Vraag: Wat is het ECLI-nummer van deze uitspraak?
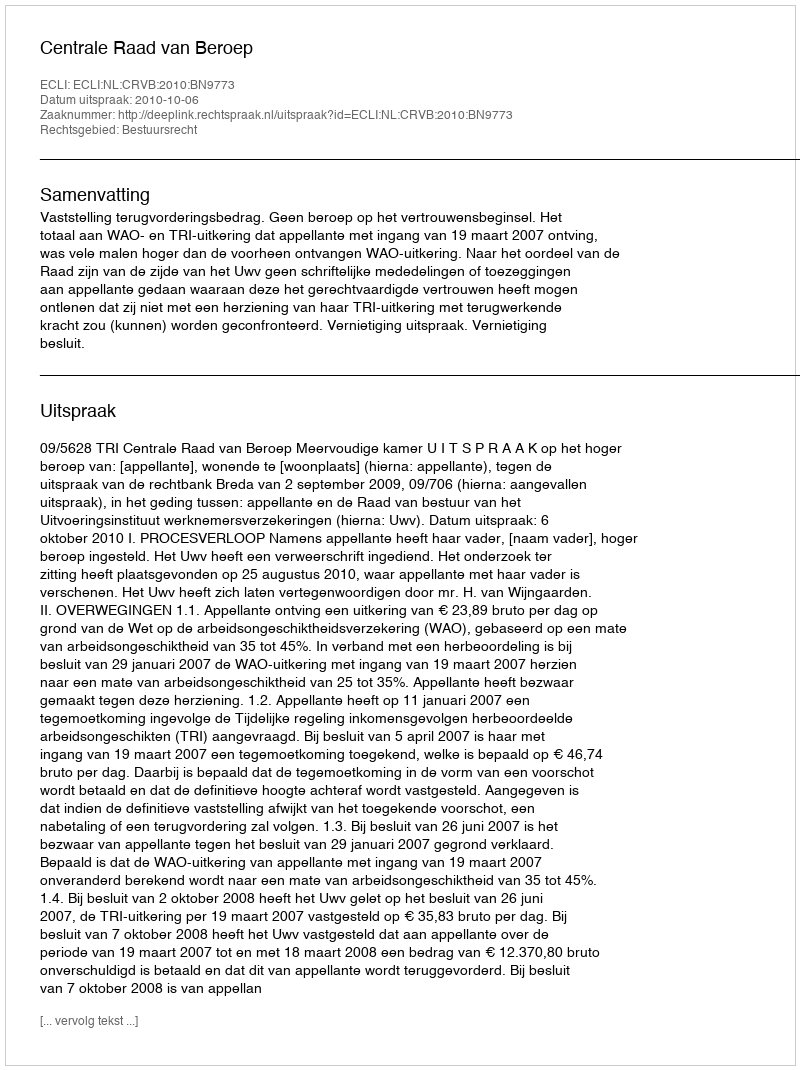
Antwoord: ECLI:NL:CRVB:2010:BN9773